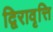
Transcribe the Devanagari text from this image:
द्विरावृत्ति